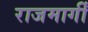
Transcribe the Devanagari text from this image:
राजमार्गीं